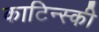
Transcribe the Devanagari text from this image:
काटिन्स्की